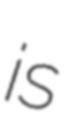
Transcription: is